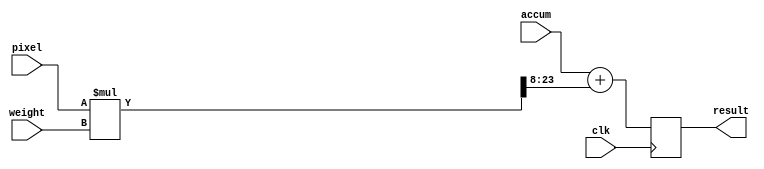
module Mac(clk, pixel, weight, accum, result);

input clk;
input signed [15:0] pixel;
input signed [15:0] weight;
input signed [15:0] accum;
output reg signed [15:0] result;

reg signed [31:0]  product;
reg signed [15:0]  sum;

always @ (posedge clk)
begin
   result <= sum;
end

always @ (pixel, weight, accum) begin
    product = pixel * weight;
    sum = accum + product[23:8];
end

endmodule